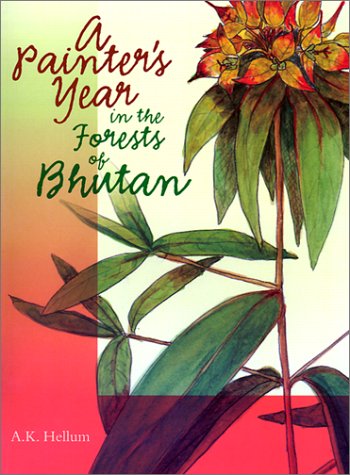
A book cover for A Painter's Year in the Forests of Bhutan; A. K. Hellum; Travel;